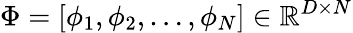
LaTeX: \Phi=[\phi_{1},\phi_{2},\ldots,\phi_{N}]\in\mathbb{R}^{D\times N}